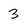
Character: 3